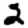
Digit: 2